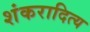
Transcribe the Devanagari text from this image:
शंकरादित्य